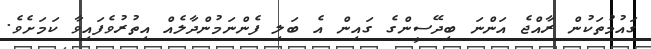
ގައުމުތަކުން ރާއްޖެ އަންނަ ބިދޭސީންގެ ގައިން އެ ބަލި ފެންނަމުންދާލެއް އިތުރުވެފައިވާ ކަމަށެވެ.